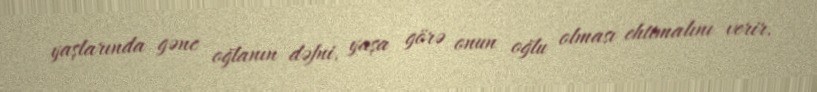
yaşlarında gənc oğlanın dəfni, yaşa görə onun oğlu olması ehtimalını verir.